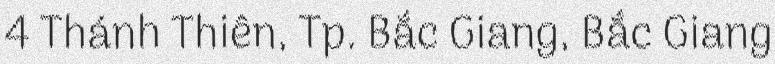
4 Thánh Thiên, Tp. Bắc Giang, Bắc Giang